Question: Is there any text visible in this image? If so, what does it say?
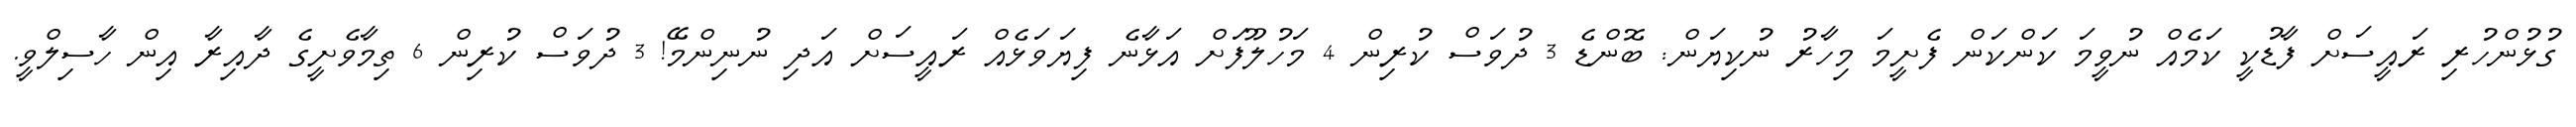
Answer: ގުޅުންހުރި ރައީސަށް ފާޑުކީ ކަމެއް ނުވީމަ ކަންކަން ފެށީމަ މިހާރު ނުކިޔަން: ބޮންޑެ 3 ދުވަސް ކުރިން 4 މަހުލޫފަށް އަޅާނެ ފިޔަވަޅެއް ރައީސަށް އަދި ނުނިންމޭ! 3 ދުވަސް ކުރިން 6 ތިމާވެށީގެ ދާއިރާ އިން ހާސިލްވީ.